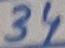
Text: 34